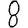
Digit: 8